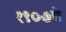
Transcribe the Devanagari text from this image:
१९०७चे